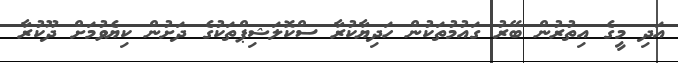
އަދި މީގެ އިތުރުން ބޭރު ގައުމުތަކުން ހަދިޔާކުރާ ސްކޮލަޝިޕްތަކުގެ ދަށުން ކިޔެވުމަށް ދޫކުރާ